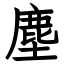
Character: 塵